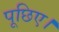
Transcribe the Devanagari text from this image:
पूछिए।